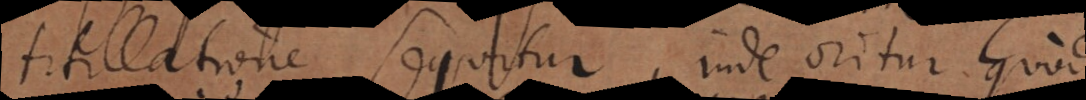
titillatione sequitur, inde oritur quod